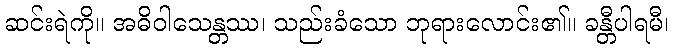
ဆင်းရဲကို။ အဓိဝါသေန္တဿ၊ သည်းခံသော ဘုရားလောင်း၏။ ခန္တီပါရမီ၊